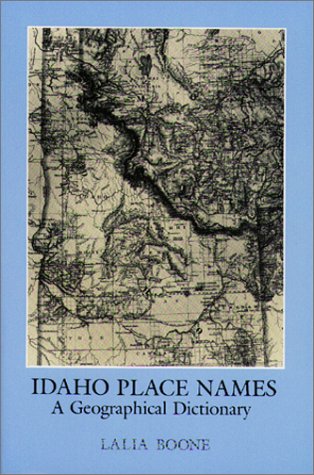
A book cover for Idaho Place Names: A Geographical Dictionary; Lalia Boone; Travel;